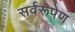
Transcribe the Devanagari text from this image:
सर्वरूपेण